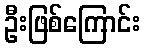
ဦးဖြစ်ကြောင်း